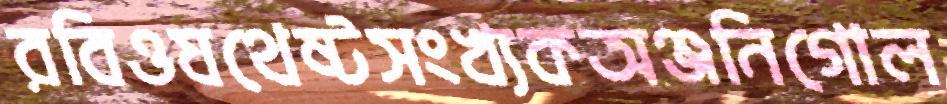
রবিওযথেষ্টসংখ্যকঅঞ্জনিগোল